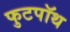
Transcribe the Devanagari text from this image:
फुटपॉथ